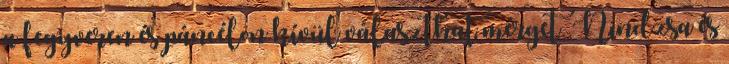
a fegyveren és páncélon kívül választhat mérget. Nindzsa és